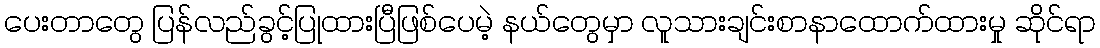
ပေးတာတွေ ပြန်လည်ခွင့်ပြုထားပြီဖြစ်ပေမဲ့ နယ်တွေမှာ လူသားချင်းစာနာထောက်ထားမှု ဆိုင်ရာ